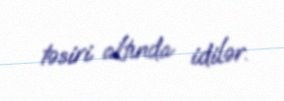
təsiri altında idilər.